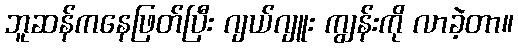
ဘူဆန်ကနေဖြတ်ပြီး ဂျယ်ဂျူး ကျွန်းကို လာခဲ့တာ။